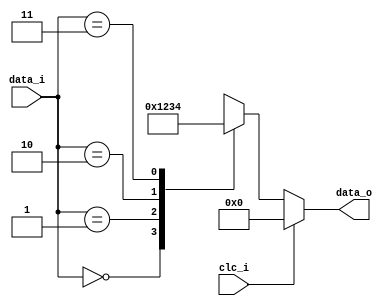
`timescale 1ns / 1ps
//////////////////////////////////////////////////////////////////////////////////
// Company: 
// Engineer: 
// 
// Design Name: 
// Module Name: decode2_4
// Project Name: 
// Target Devices: 
// Tool Versions: 
// Description: 
// 
// Dependencies: 
// 
// Revision:
// Revision 0.01 - File Created
// Additional Comments:
// 
//////////////////////////////////////////////////////////////////////////////////


module decode2_4(
    input [1:0] data_i,
    input clc_i,
    output reg [3:0] data_o
    );

    always @(*) begin
        if(clc_i == 1'b1) begin
            data_o = 4'b0000;
        end
        else begin
            case(data_i)
            2'b00:data_o = 4'b0001;
            2'b01:data_o = 4'b0010;
            2'b10:data_o = 4'b0011;
            2'b11:data_o = 4'b0100;
            endcase
        end
    end

endmodule